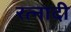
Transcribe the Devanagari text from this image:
रत्‍नादी